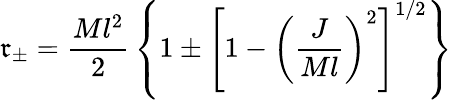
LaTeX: \mathfrak{r}_{\pm}={\frac{{Ml^{2}}}{{2}}}\left\{ 1\pm\left[1-\left({\frac{{J}}{{Ml}}}\right)^{2}\right]^{1/2}\right\}